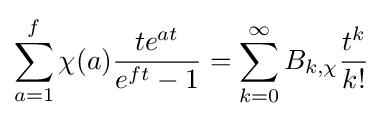
\sum _{a=1}^{f}\chi (a){\frac {te^{at}}{e^{ft}-1}}=\sum _{k=0}^{\infty }B_{k,\chi }{\frac {t^{k}}{k!}}